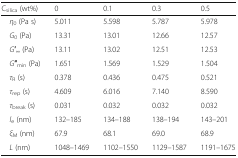
<table><thead><tr><td><b>C<sub>silica</sub> (wt%)</b></td><td><b>0</b></td><td><b>0.1</b></td><td><b>0.3</b></td><td><b>0.5</b></td></tr></thead><tbody><tr><td> <i>η</i><sub>0</sub> (Pa s)</td><td>5.011</td><td>5.598</td><td>5.787</td><td>5.978</td></tr><tr><td> <i>G</i><sub>0</sub> (Pa)</td><td>13.31</td><td>13.01</td><td>12.66</td><td>12.57</td></tr><tr><td> <i>G</i>′<sub>∞</sub> (Pa)</td><td>13.11</td><td>13.02</td><td>12.51</td><td>12.53</td></tr><tr><td> <i>G</i>′′<sub>min</sub> (Pa)</td><td>1.651</td><td>1.569</td><td>1.529</td><td>1.504</td></tr><tr><td> <i>τ</i><sub>R</sub> (s)</td><td>0.378</td><td>0.436</td><td>0.475</td><td>0.521</td></tr><tr><td> <i>τ</i><sub>rep</sub> (s)</td><td>4.609</td><td>6.016</td><td>7.140</td><td>8.590</td></tr><tr><td> <i>τ</i><sub>break</sub> (s)</td><td>0.031</td><td>0.032</td><td>0.032</td><td>0.032</td></tr><tr><td> <i>l</i><sub>e</sub> (nm)</td><td>132–185</td><td>134–188</td><td>138–194</td><td>143–201</td></tr><tr><td> <i>ξ</i><sub>M</sub> (nm)</td><td>67.9</td><td>68.1</td><td>69.0</td><td>68.9</td></tr><tr><td> <i>L</i> (nm)</td><td>1048–1469</td><td>1102–1550</td><td>1129–1587</td><td>1191–1675</td></tr></tbody></table>